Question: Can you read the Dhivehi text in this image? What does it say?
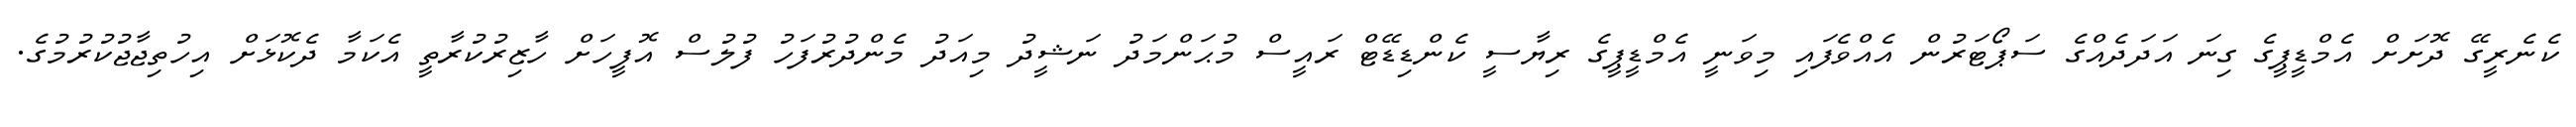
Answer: ކެނެރީގޭ ދޮށަށް އެމްޑީޕީގެ ގިނަ އަދަދެއްގެ ސަޕޯޓަރުން އެއްވެފައި މިވަނީ އެމްޑީޕީގެ ރިޔާސީ ކެންޑިޑޭޓް ރައީސް މުޙަންމަދު ނަޝީދު މިއަދު މެންދުރުފަހު ފުލުސް އޮފީހަށް ހާޒިރުކުރާތީ އެކަމާ ދެކޮޅަށް އިހުތިޖާޖުކުރުމުގެ.